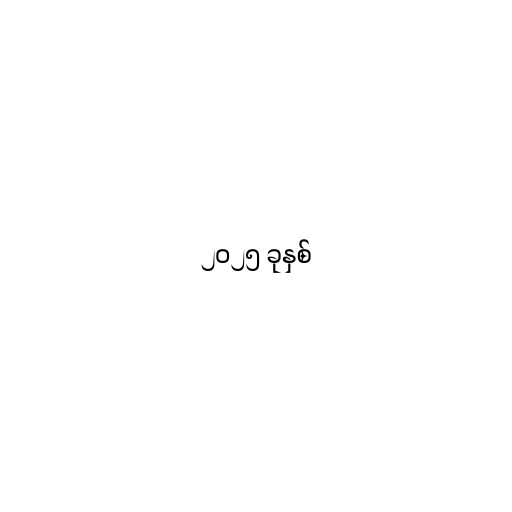
၂၀၂၅ ခုနှစ်